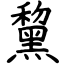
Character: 黧